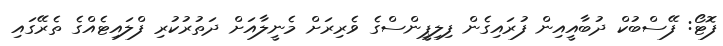
ފޮޓޯ: ފޭސްބުކް ދުބާއީއިން ފުރައިގެން ފިލިޕީންސްގެ ވެރިރަށް މެނީލާއަށް ދަތުރުކުރި ފްލައިޓެއްގެ ތެރޭގައި